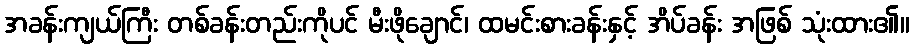
အခန်းကျယ်ကြီး တစ်ခန်းတည်းကိုပင် မီးဖိုချောင်၊ ထမင်းစားခန်းနှင့် အိပ်ခန်း အဖြစ် သုံးထား၏။